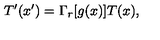
T ^ { \prime } ( x ^ { \prime } ) = \Gamma _ { r } [ g ( x ) ] T ( x ) ,